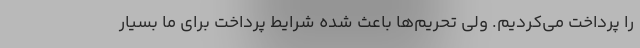
را پرداخت می‌کردیم. ولی تحریم‌ها باعث شده شرایط پرداخت برای ما بسیار